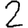
Digit: 2